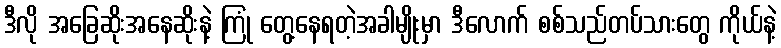
ဒီလို အခြေဆိုးအနေဆိုးနဲ့ ကြုံ တွေ့နေရတဲ့အခါမျိုးမှာ ဒီလောက် စစ်သည်တပ်သားတွေ ကိုယ်နဲ့